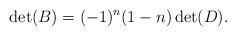
LaTeX: \begin{align*} \det(B) = (-1)^n(1-n)\det(D). \end{align*}